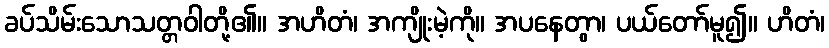
ခပ်သိမ်းသောသတ္တဝါတို့၏။ အဟိတံ၊ အကျိုးမဲ့ကို။ အပနေတွာ၊ ပယ်တော်မူ၍။ ဟိတံ၊